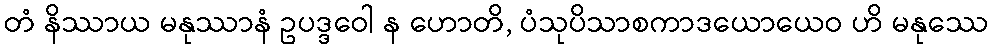
တံ နိဿာယ မနုဿာနံ ဥပဒ္ဒဝေါ န ဟောတိ, ပံသုပိသာစကာဒယောယေဝ ဟိ မနုဿေ